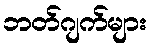
ဘတ်ဂျက်များ